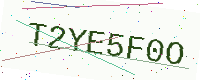
Text: T2YE5F0O